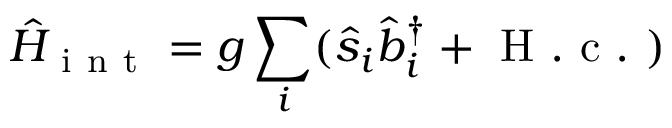
\hat { H } _ { \mathrm { ~ i ~ n ~ t ~ } } = g \sum _ { i } ( \hat { s } _ { i } \hat { b } _ { i } ^ { \dagger } + \mathrm { ~ H ~ . ~ c ~ . ~ } )